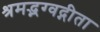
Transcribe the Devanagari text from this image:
श्रमद्भग्वद्गीता